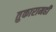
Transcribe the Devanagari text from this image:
तुकारामही